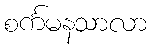
စင်္ကမနသာလာ